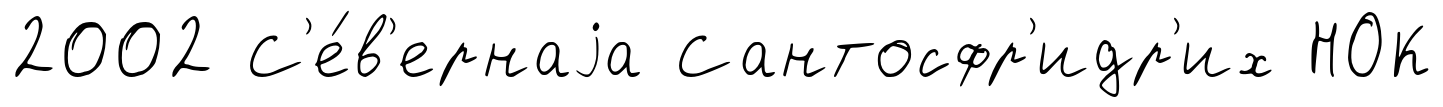
2002 С'е́в'ернаjа Сантосфр'идр'их НОК